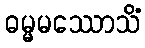
ဓမ္မမဿောသိံ